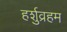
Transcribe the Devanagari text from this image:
हर्शुव्रहम